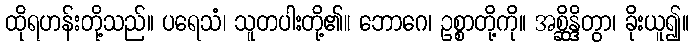
ထိုရဟန်းတို့သည်။ ပရေသံ၊ သူတပါးတို့၏။ ဘောဂေ၊ ဥစ္စာတို့ကို။ အစ္ဆိန္ဒိတွာ၊ ခိုးယူ၍။